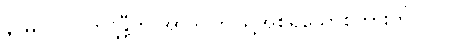
နာမ။ လ။ တိဋ္ဌန္တီတိ အာဒိ၊ ဤသို့အစရှိသောစကားကို။ ဝါ၊